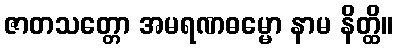
ဇာတသတ္တော အမရဏဓမ္မော နာမ နိတ္ထိ။